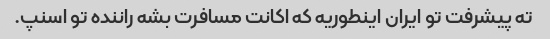
ته پیشرفت تو ایران اینطوریه که اکانت مسافرت بشه راننده تو اسنپ.